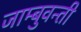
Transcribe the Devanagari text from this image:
जाम्बुवन्ती